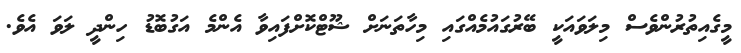
މީގެއިތުރުންވެސް މިލަވައަކީ ބޭރުގައުމެއްގައި މިހާތަނަށް ޝޫޓްކޮށްފައިވާ އެންމެ އަގުބޮޑު ހިންދީ ލަވަ އެވެ.